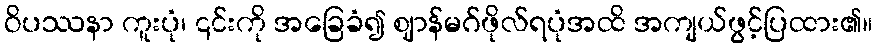
ဝိပဿနာ ကူးပုံ၊ ၎င်းကို အခြေခံ၍ ဈာန်မဂ်ဖိုလ်ရပုံအထိ အကျယ်ဖွင့်ပြထား၏။